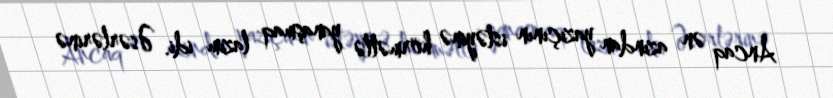
Ancaq ən azından yazıçının istəyinə hörmətlə yanaşmaq lazım idi. Əsərlərinə